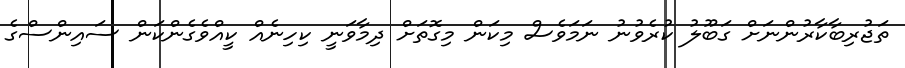
ތަޖުރިބާކާރުންނަށް ގަބޫލު ކުރެވުނު ނަމަވެސް މިކަން މިގޮތަށް ދިމާވަނީ ކިހިނެއް ކީއްވެގެންކަން ސައިންސްގެ